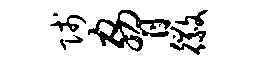
贱胁徽